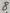
Text: 8